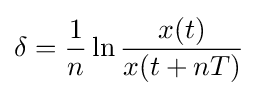
\delta ={\frac {1}{n}}\ln {\frac {x(t)}{x(t+nT)}}